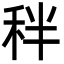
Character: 秚